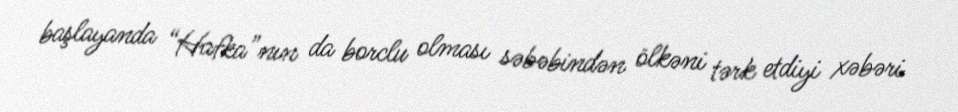
başlayanda “Hafka”nın da borclu olması səbəbindən ölkəni tərk etdiyi xəbəri